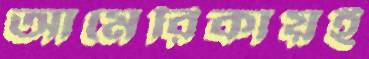
আমেরিকায়ই